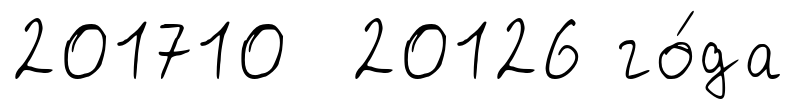
201710 20126 го́да